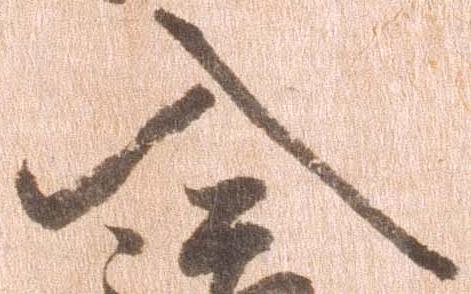
入